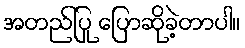
အတည်ပြု ပြောဆိုခဲ့တာပါ။